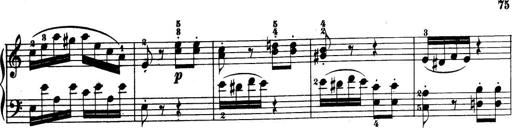
Title: 32 Sonatinas and Rondos for the Piano
Composer: Richard Kleinmichel